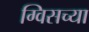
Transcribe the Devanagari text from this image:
ग्विसच्या